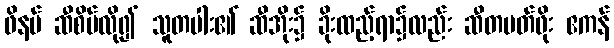
ဖိနပ် ဆီစိမ်လို၍ သူတပါး၏ ဆီအိုး၌ ခိုးထည့်ရာ၌လည်း ဆီတမတ်ဖိုး ဧကန်